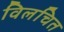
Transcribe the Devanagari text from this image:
विलचित